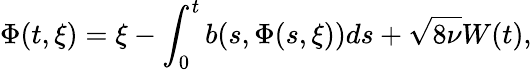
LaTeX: \Phi(t,\xi)=\xi-\int_{0}^{t}b(s,\Phi(s,\xi))ds+\sqrt{8\nu}W(t),